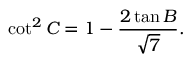
\cot ^ { 2 } C = 1 - { \frac { 2 \tan B } { \sqrt { 7 } } } .